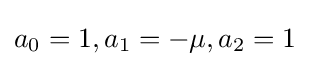
a_{0}=1,a_{1}=-\mu ,a_{2}=1